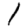
Digit: 1